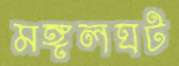
মঙ্গলঘট